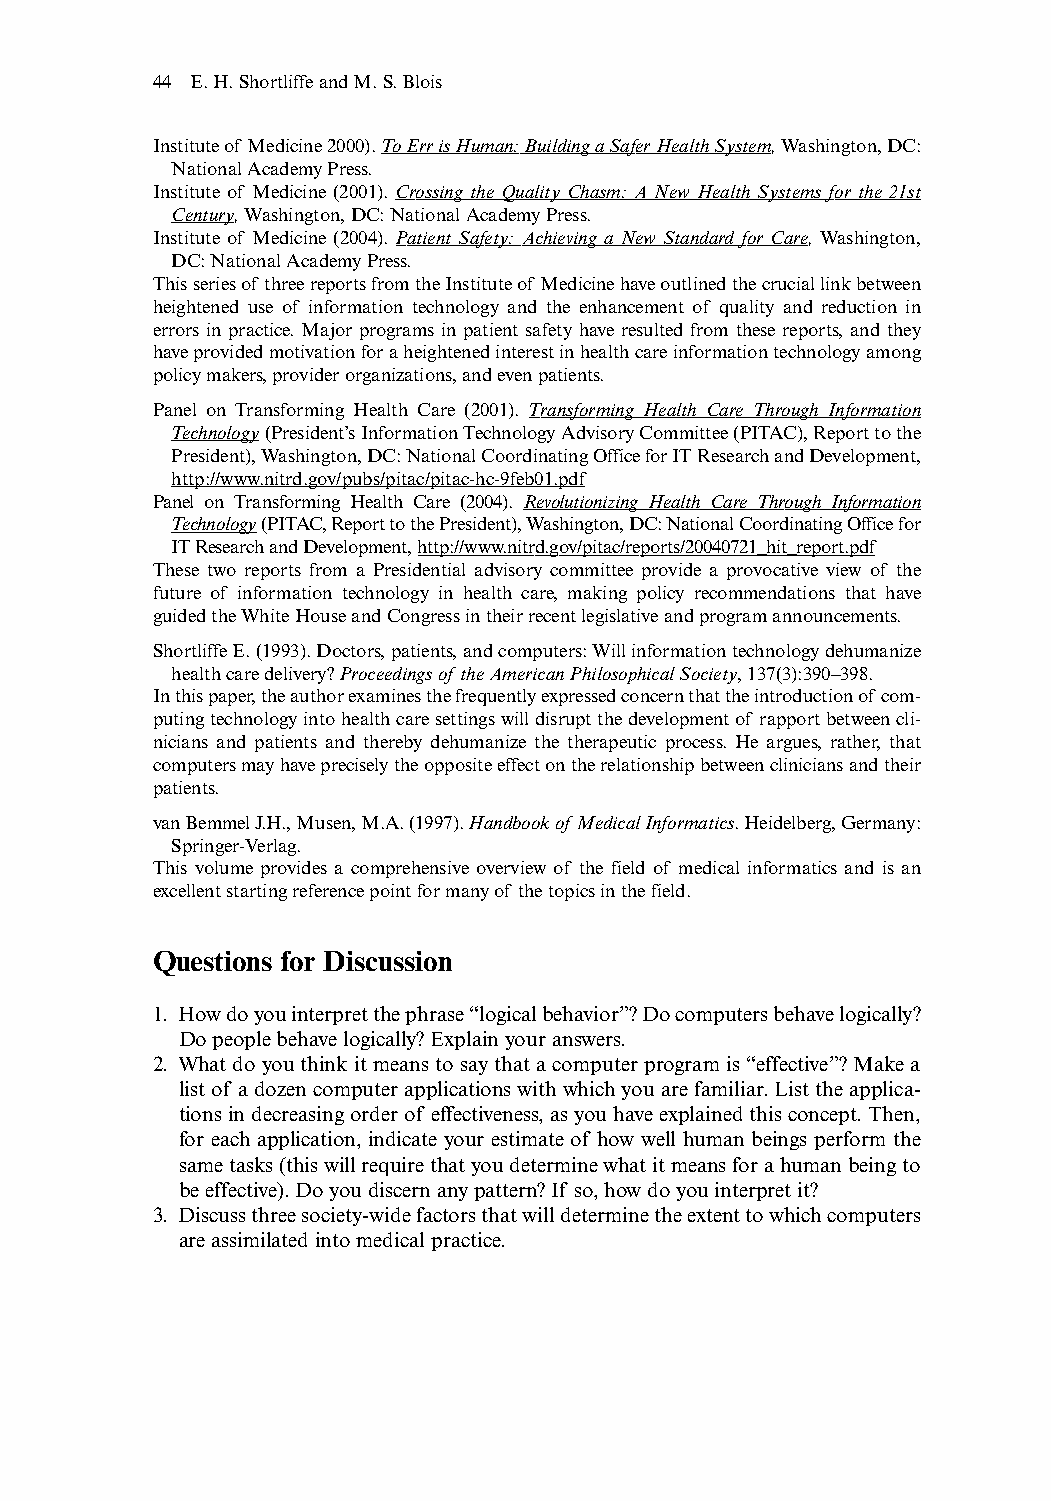
44 E.H.Shortliffe and M.S.Blois
 Institute of Medicine 2000).To Err is Human: Building a Safer Health System,Washington,DC:
 National Academy Press.
 Institute of Medicine (2001). Crossing the Quality Chasm: A New Health Systems for the 21st
 Century,Washington,DC:National Academy Press.
 Institute of Medicine (2004). Patient Safety: Achieving a New Standard for Care, Washington,
 DC:National Academy Press.
 This series of three reports from the Institute of Medicine have outlined the crucial link between
 heightened use of information technology and the enhancement of quality and reduction in
 errors in practice. Major programs in patient safety have resulted from these reports, and they
 have provided motivation for a heightened interest in health care information technology among
 policy makers,provider organizations,and even patients.
 Panel on Transforming Health Care (2001). Transforming Health Care Through Information
 Technology(President’s Information Technology Advisory Committee (PITAC),Report to the
 President),Washington,DC:National Coordinating Office for IT Research and Development,
 http://www.nitrd.gov/pubs/pitac/pitac-hc-9feb01.pdf
 Panel on Transforming Health Care (2004). Revolutionizing Health Care Through Information
 Technology(PITAC,Report to the President),Washington,DC:National Coordinating Office for
 IT Research and Development,http://www.nitrd.gov/pitac/reports/20040721_hit_report.pdf
 These two reports from a Presidential advisory committee provide a provocative view of the
 future of information technology in health care, making policy recommendations that have
 guided the White House and Congress in their recent legislative and program announcements.
 Shortliffe E.(1993).Doctors,patients,and computers:Will information technology dehumanize
 health care delivery? Proceedings of the American Philosophical Society,137(3):390–398.
 In this paper,the author examines the frequently expressed concern that the introduction ofcom-
 puting technology into health care settings will disrupt the development of rapport between cli-
 nicians and patients and thereby dehumanize the therapeutic process. He argues, rather, that
 computers may have precisely the opposite effect on the relationship between clinicians and their
 patients.
 van Bemmel J.H.,Musen,M.A.(1997).Handbook ofMedical Informatics.Heidelberg,Germany:
 Springer-Verlag.
 This volume provides a comprehensive overview of the field of medical informatics and is an
 excellent starting reference point for many of the topics in the field.
 Questions for Discussion
 1. How do you interpret the phrase “logical behavior”? Do computers behave logically?
 Do people behave logically? Explain your answers.
 2. What do you think it means to say that a computer program is “effective”? Make a
 list of a dozen computer applications with which you are familiar. List the applica-
 tions in decreasing order of effectiveness,as you have explained this concept.Then,
 for each application, indicate your estimate of how well human beings perform the
 same tasks (this will require that you determine what it means for a human being to
 be effective).Do you discern any pattern? If so,how do you interpret it?
 3. Discuss three society-wide factors that will determine the extent to which computers
 are assimilated into medical practice.